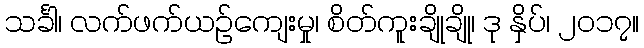
သင်္ခါ၊ လက်ဖက်ယဉ်ကျေးမှု၊ စိတ်ကူးချိုချို၊ ဒု နှိပ်၊ ၂၀၁၇။